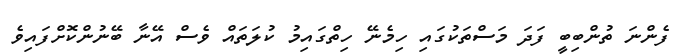
ފެންނަ ތުންބިބީ ފަދަ މަސްތަކުގައި ހިމެނޭ ހިތްގައިމު ކުލަތައް ވެސް އޭނާ ބޭނުންކޮށްފައިވެ